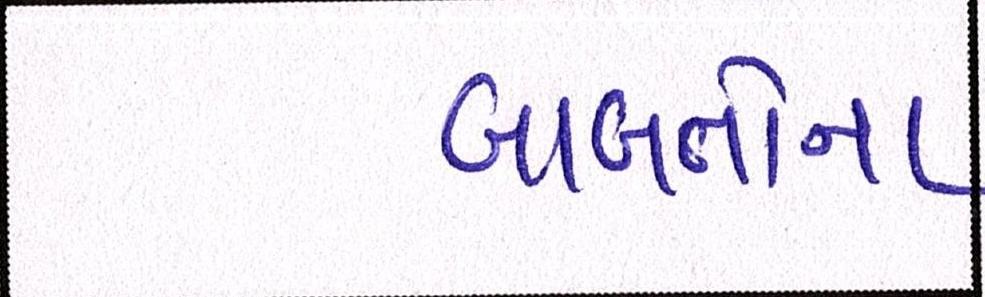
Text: બાબતોના